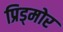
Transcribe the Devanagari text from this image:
प्रिड्मोर